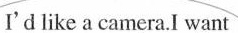
I'd like a camera.I want